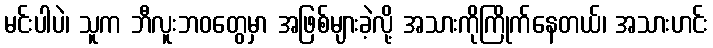
မင်းပါပဲ၊ သူက ဘီလူးဘဝတွေမှာ အဖြစ်များခဲ့လို့ အသားကိုကြိုက်နေတယ်၊ အသားဟင်း